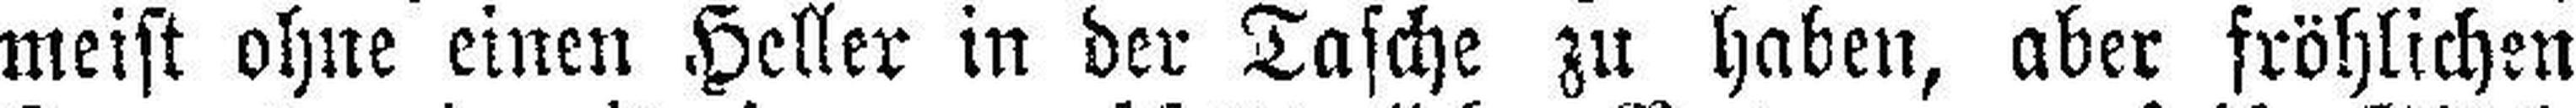
meist ohne einen Heller in der Tasche zu haben, aber fröhlichen